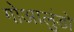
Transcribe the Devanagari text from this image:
गोआलुंडो